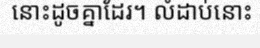
នោះដូចគ្នាដែរ។ លំដាប់នោះ